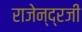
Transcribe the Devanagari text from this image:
राजेन्द्रजी